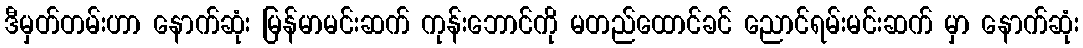
ဒီမှတ်တမ်းဟာ နောက်ဆုံး မြန်မာမင်းဆက် ကုန်းဘောင်ကို မတည်ထောင်ခင် ညောင်ရမ်းမင်းဆက် မှာ နောက်ဆုံး